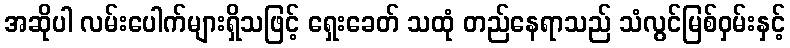
အဆိုပါ လမ်းပေါက်များရှိသဖြင့် ရှေးခေတ် သထုံ တည်နေရာသည် သံလွင်မြစ်ဝှမ်းနှင့်